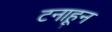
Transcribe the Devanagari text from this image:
टनाहून